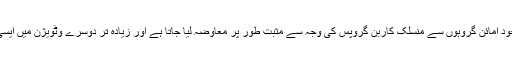
تو جو بات بیٹینز کو دوسرے وٹویژن سے ممتاز کرتی ہے وہ یہ ہے کہ بائٹین پر موجود امائن گروہوں سے منسلک کاربن گروپس کی وجہ سے مثبت طور پر معاوضہ لیا جاتا ہے اور زیادہ تر دوسرے وٹویژن میں ایسی امائن ہوتی ہیں جو منسلک ہائیڈروجن ایٹموں کی وجہ سے مثبت چارج کی جاتی ہیں۔